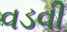
વડવી